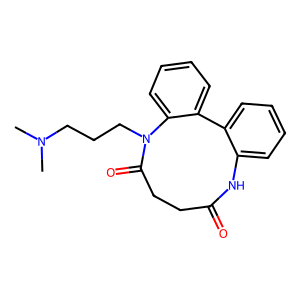
SMILES: CN(C)CCCN1C(=O)CCC(=O)Nc2ccccc2-c2ccccc21
Inhibits HIV replication: No